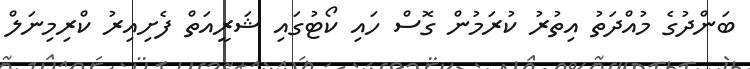
ބަންދުގެ މުއްދަތު އިތުރު ކުރަމުން ގޮސް ހައި ކޯޓުގައި ޝަރީއަތް ފެށިއިރު ކްރިމިނަލް